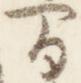
間